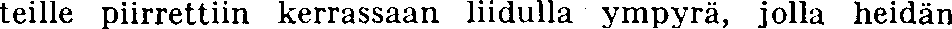
teille piirrettiin kerrassaan liidulla ympyrä, jolla heidän